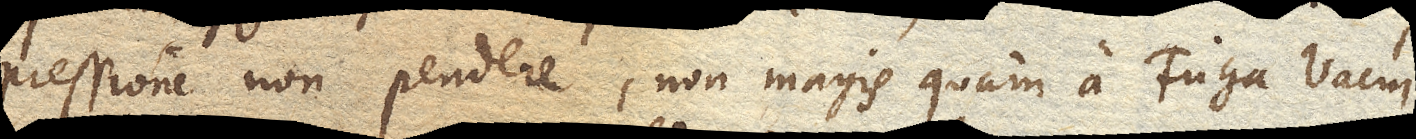
pressione non pendere, non magis quam a Fuga Vacui